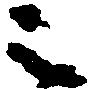
元